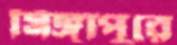
সিঙ্গাপুরে